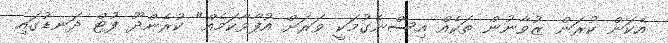
އެކަން ކުރަން ޒުވާނުން ތަކެއް އިސްނެގުމަކީ ވަރަށް އުފާވާކަމެއް" ކުރެންދޫ ފުޓް ދަނޑުގައި